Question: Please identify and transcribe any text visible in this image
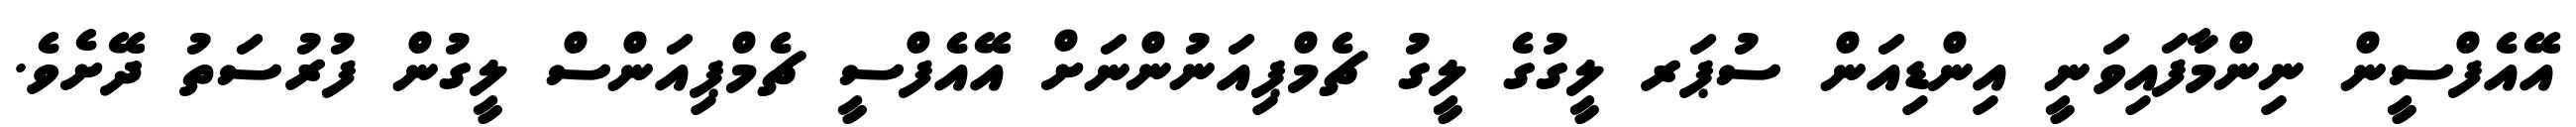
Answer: އޭއެފްސީން ނިންމާފައިވަނީ އިންޑިއަން ސުޕަރ ލީގުގެ ލީގު ޗެމްޕިއަނުންނަށް އޭއެފްސީ ޗެމްޕިއަންސް ލީގުން ފުރުސަތު ދޭށެވެ.